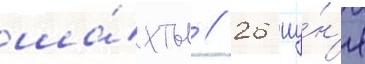
ша́хты // 26 иу́н'я